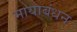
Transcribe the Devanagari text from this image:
मायाबंधन